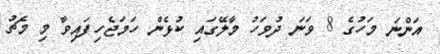
އަންނަ މަހުގެ 8 ވަނަ ދުވަހު މާލޭގައި ކުޅެން ހަމަޖެހިފައިވާ މި މެޗު